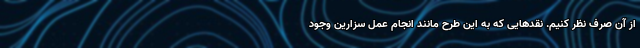
از آن صرف نظر کنیم. نقدهایی که به این طرح مانند انجام عمل سزارین وجود